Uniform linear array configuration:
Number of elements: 24
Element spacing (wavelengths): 1
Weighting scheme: blackman
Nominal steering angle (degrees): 0
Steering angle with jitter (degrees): -0.04909
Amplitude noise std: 0.05
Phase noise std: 0.05

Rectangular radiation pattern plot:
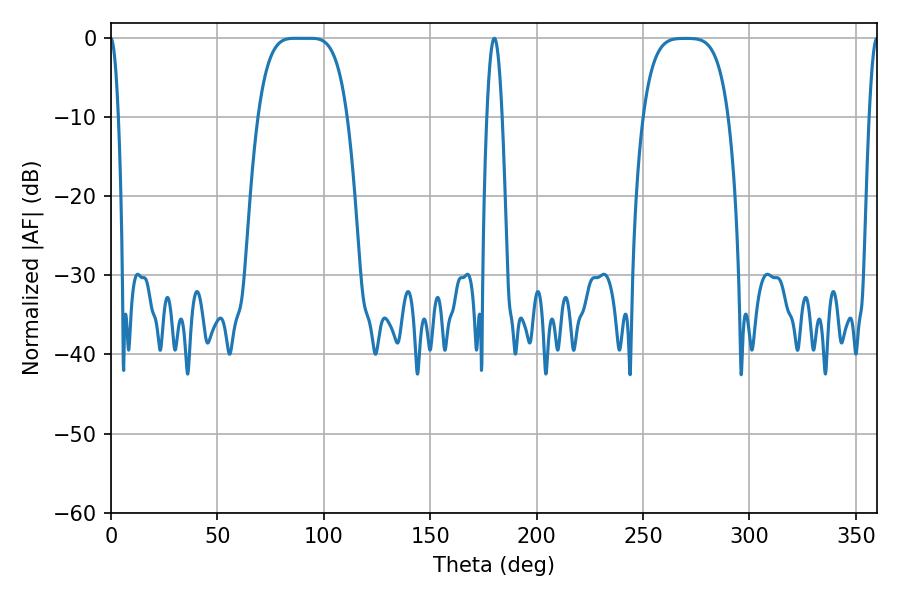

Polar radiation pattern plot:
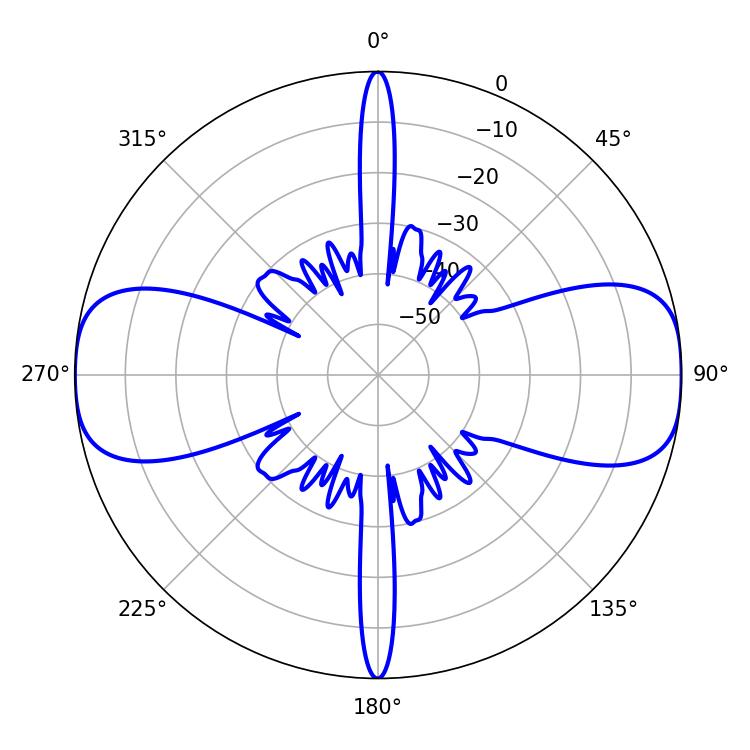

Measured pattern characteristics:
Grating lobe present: TRUE
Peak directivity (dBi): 17.082
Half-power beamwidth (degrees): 31.32
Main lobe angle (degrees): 86.22